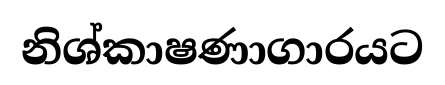
නිශ්කාෂණාගාරයට